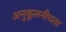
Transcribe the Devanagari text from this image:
अनुकूलनीयता